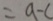
= a - c